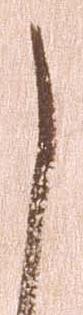
し